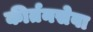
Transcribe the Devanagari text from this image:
कीर्तनसेवा